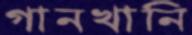
গানখানি